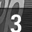
Digit: 3